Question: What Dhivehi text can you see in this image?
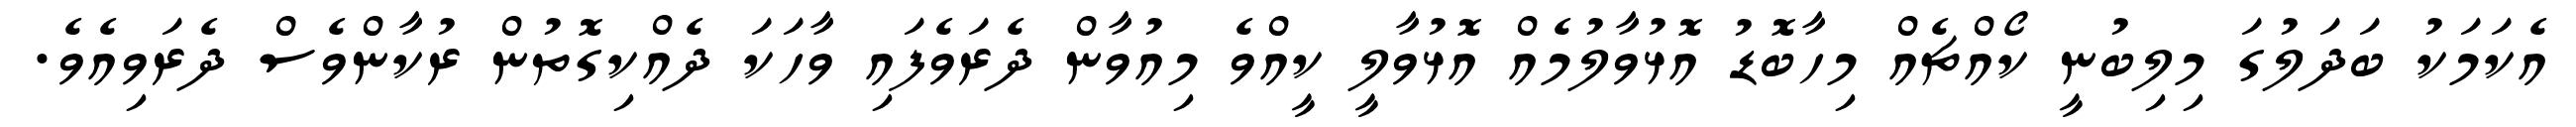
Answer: އެކަމަކު ބަދަލުގަ މިލިބުނީ ކޯއްޗެއް މިހާބޮޑު އޮޅުވާލުމެއް އޮޅުވާލީ ކީއްވެ މިއުވާން ދެރަވެފައި ވާހަކަ ދެއްކިގޮތުން ރުކާންވެސް ދެރަވިއެވެ.